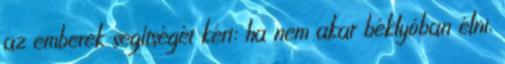
az emberek segítségét kéri: ha nem akar béklyóban élni,